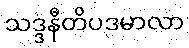
သဒ္ဒနီတိပဒမာလာ